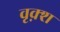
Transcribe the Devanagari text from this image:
वृक़्श